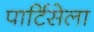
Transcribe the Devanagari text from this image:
पार्टिसेला